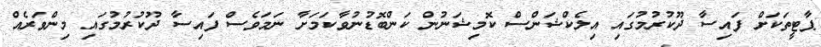
ޕާޓީތަކަށް ފައިސާ ދޫކުރުމުގައި އިލެކްޝަންސް ކޮމިޝަނުން ކަންބޮޑުނުވާކަމަށާ ނަމަވެސް ފައިސާ ދޫކުރުމުގައި މިންވަރެއް